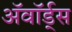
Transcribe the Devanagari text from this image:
ॲवॉर्ड्‌स